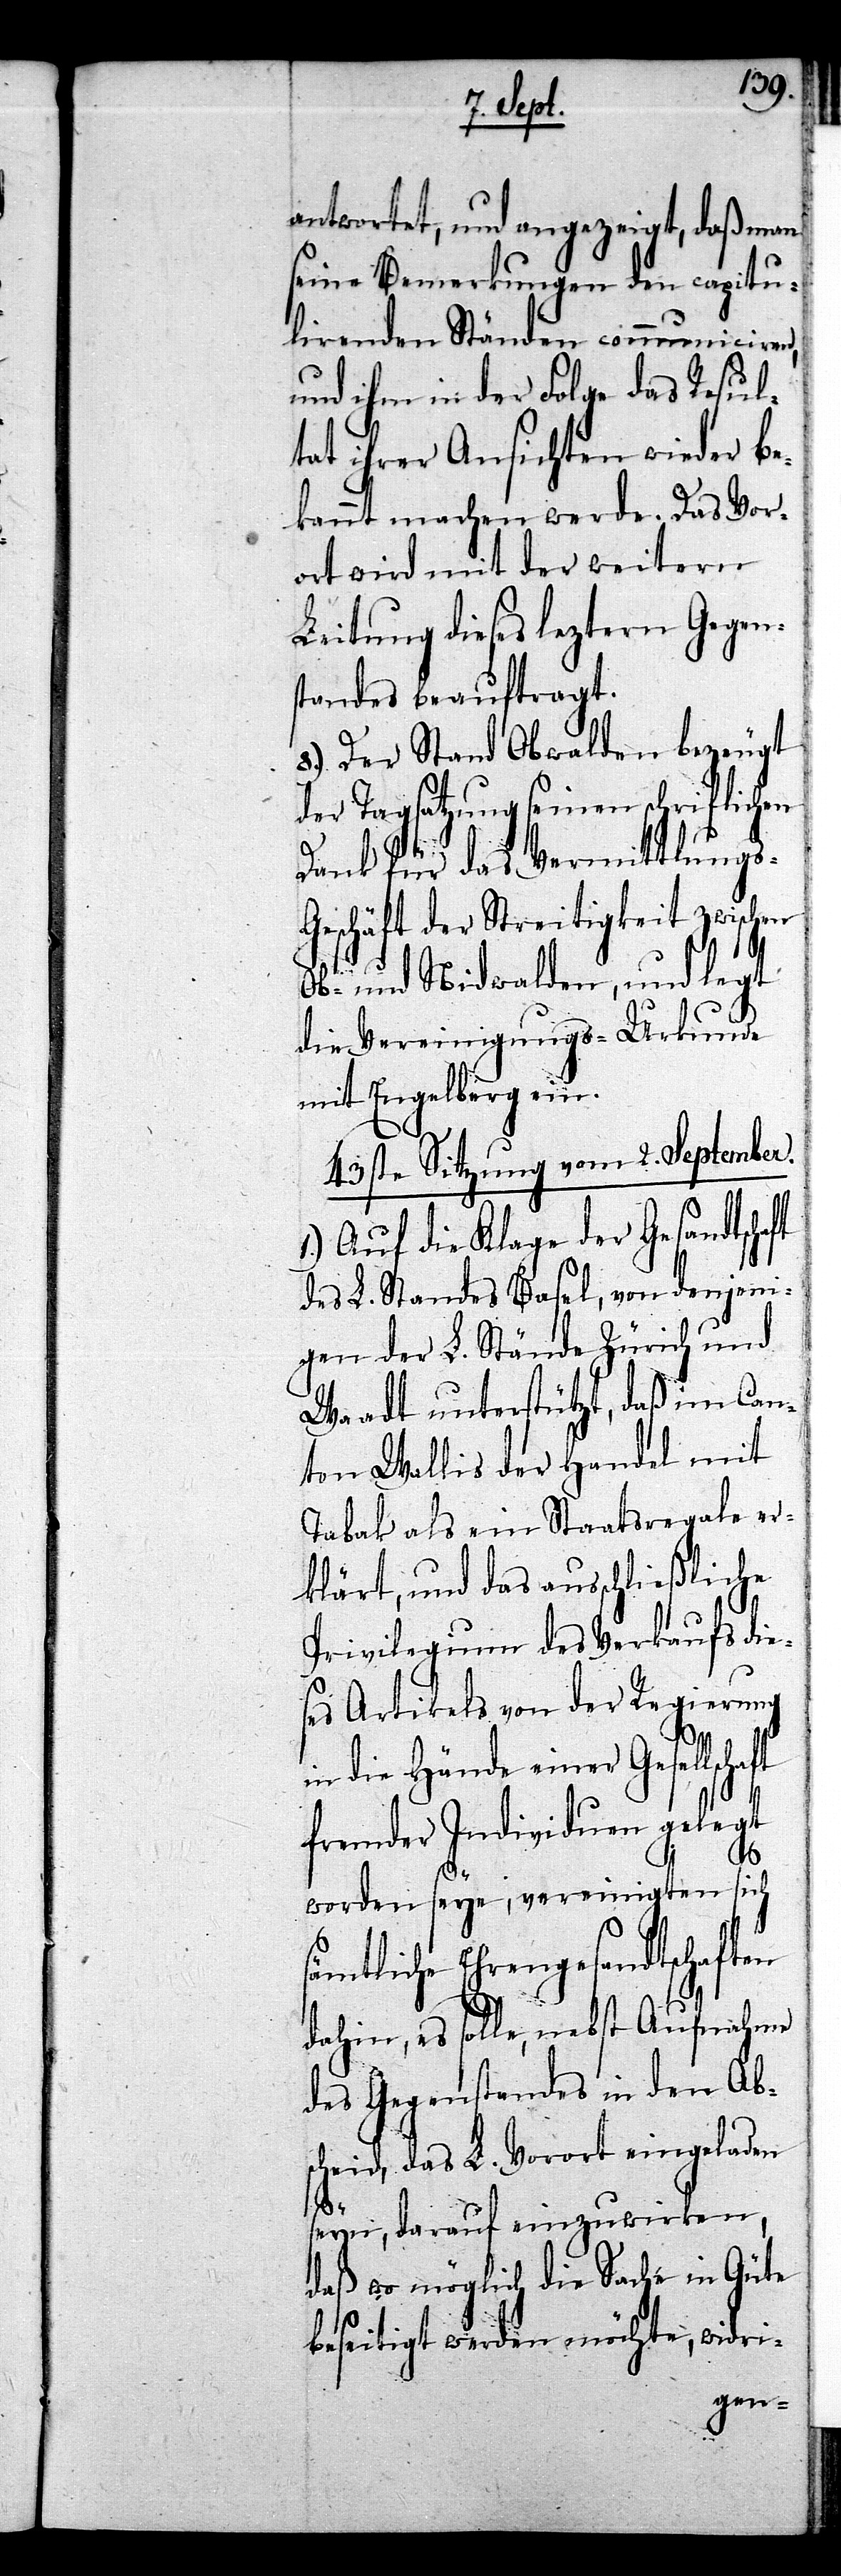
antwortet, und angezeigt, daß man
seine Bemerkungen den capitu¬
lirenden Ständen communiciren,
und ihm in der Folge das Resul¬
tat ihrer Ansichten wieder be¬
kannt machen werde. Das Vor¬
ort wird mit der weitern
Leitung dieses leztern Gegen¬
standes beauftragt.
8.) Der Stand Obwalden bezeugt
der Tagsatzung seinen schriftlichen
Dank für das Vermittlungs-G¬
eschäft der Streitigkeit zwischen
Ob- und Nidwalden, und legt
die Vereinigungs-Urkunde
mit Engelberg ein.
43ste Sitzung vom 2. September.
1.) Auf die Klage der Gesandtschaft
des L. Standes Basel, von denjeni¬
gen der L. Stände Zürich und
Waadt unterstützt, daß im Can¬
ton Wallis der Handel mit
Tabak als ein Staatsregale er¬
klärt, und das ausschließliche
Privilegium des Verkaufs die¬
ses Artikels von der Regierung
in die Hände einer Gesellsch¬
fremder Individuen gelegt
worden seye, vereinigten sich
sämtliche Ehrengesandtschaften
dahin, es solle, nebst Aufnahme
des Gegenstandes in den Abs¬
cheid, das L. Vorort eingeladen
aft
seyn, darauf einzuwirken,
daß wo möglich die Sache in Güte
beseitigt werden möchte, widri-